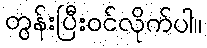
တွန်းပြီးဝင်လိုက်ပါ။